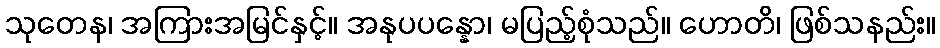
သုတေန၊ အကြားအမြင်နှင့်။ အနုပပန္နော၊ မပြည့်စုံသည်။ ဟောတိ၊ ဖြစ်သနည်း။